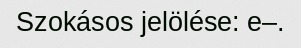
Szokásos jelölése: e‒.